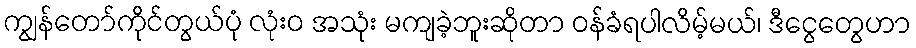
ကျွန်တော်ကိုင်တွယ်ပုံ လုံးဝ အသုံး မကျခဲ့ဘူးဆိုတာ ဝန်ခံရပါလိမ့်မယ်၊ ဒီငွေတွေဟာ